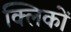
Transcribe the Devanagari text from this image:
क्लिकों